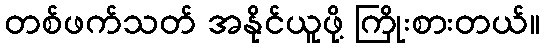
တစ်ဖက်သတ် အနိုင်ယူဖို့ ကြိုးစားတယ်။